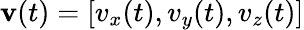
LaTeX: \mathbf{v}(t)=\left[v_{x}(t),v_{y}(t),v_{z}(t)\right]